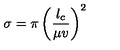
\sigma = \pi \left( \frac { l _ { c } } { \mu v } \right) ^ { 2 }